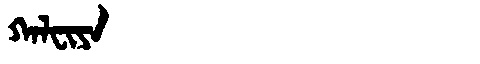
Manchu: ᡴᠠᠯᠸᡳᠶᠠ
Romanization: KALFIYA